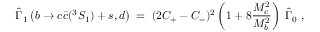
{ { \widehat \Gamma } _ { 1 } \left( b \rightarrow c { \bar { c } } ( ^ { 3 } S _ { 1 } ) + s , d \right) \; = \; ( 2 C _ { + } - C _ { - } ) ^ { 2 } \left( 1 + 8 { \frac { M _ { c } ^ { 2 } } { M _ { b } ^ { 2 } } } \right) \; { \widehat \Gamma } _ { 0 } \; , }